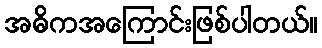
အဓိကအကြောင်းဖြစ်ပါတယ်။